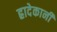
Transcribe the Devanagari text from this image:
ह्रादेकानी